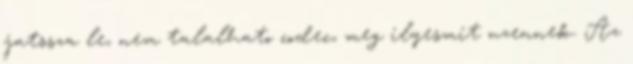
jatssza le, nem talalhato codec, meg ilyesmit uzennek. Az